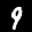
Label: 9